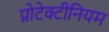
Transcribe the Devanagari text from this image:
प्रोटेक्टीनियम